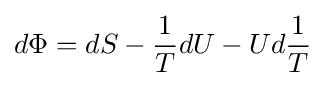
d\Phi =dS-{\frac {1}{T}}dU-Ud{\frac {1}{T}}